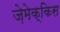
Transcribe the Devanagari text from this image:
ज़ेमेक्किस